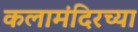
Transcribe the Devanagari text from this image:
कलामंदिरच्या